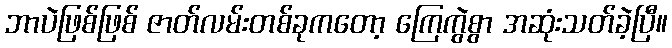
ဘာပဲဖြစ်ဖြစ် ဇာတ်လမ်းတစ်ခုကတော့ ကြေကွဲစွာ အဆုံးသတ်ခဲ့ပြီ။